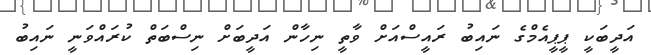
އަދީބަކީ ޕީޕީއެމްގެ ނައިބު ރައީސްއަށް ވާތީ ނިހާން އަދީބަށް ނިސްބަތް ކުރައްވަނީ ނައިބު